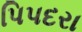
પિપદરા